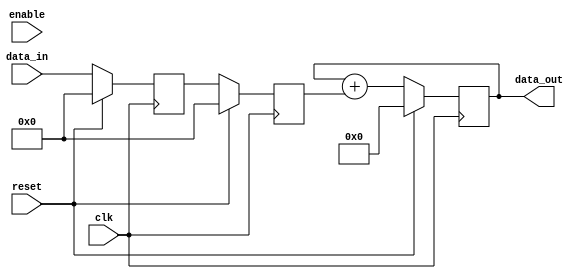
module Pipeline_accumulator(
input wire clk,
input wire reset,
input wire enable,
input wire [7:0] data_in,
output reg [15:0] data_out
);

reg [15:0] accumulator;
reg [7:0] data_in_reg;
reg [7:0] data_in_reg_prev;

always @(posedge clk) begin
    if (reset) begin
        accumulator <= 16'd0;
        data_in_reg <= 8'd0;
        data_in_reg_prev <= 8'd0;
    end else begin
        accumulator <= accumulator + data_in_reg_prev;
        data_in_reg <= data_in;
        data_in_reg_prev <= data_in_reg;
    end
end

assign data_out = accumulator;

endmodule